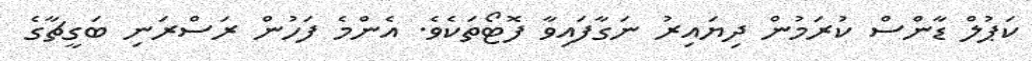
ކަޕުލް ޑާންސް ކުރަމުން ދިޔައިރު ނަގާފައިވާ ފޮޓޯތަކެވެ. އެންމެ ފަހުން ރަސްރަނި ބަގީޗާގެ